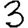
Digit: 3